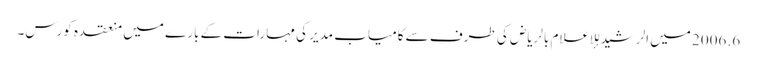
6. 2006 میں الرشید للإعلام بالریاض کی طرف سے کامیاب مدیر کی مہارات کے بارے میں منعقدہ کورس۔